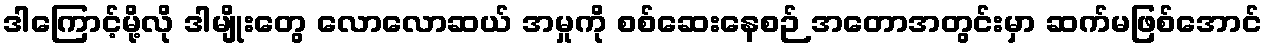
ဒါကြောင့်မို့လို ဒါမျိုးတွေ လောလောဆယ် အမှုကို စစ်ဆေးနေစဉ် အတောအတွင်းမှာ ဆက်မဖြစ်အောင်